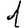
Digit: 1